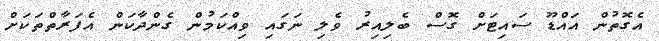
އެގޮތުން އައްޑޫ ސައިޓަށް ގޮސް ބެލިއިރު ވެލި ނަގައި ވިއްކަމުން ގެންދާކަން އެފަރާތްތަކަށް